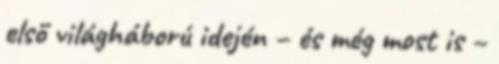
első világháború idején – és még most is –